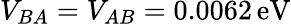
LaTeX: V_{BA}=V_{AB}=0.0062\, \mathrm{eV}